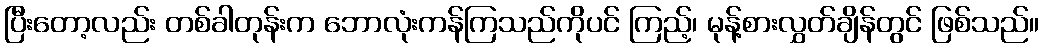
ပြီးတော့လည်း တစ်ခါတုန်းက ဘောလုံးကန်ကြသည်ကိုပင် ကြည့်၊ မုန့်စားလွှတ်ချိန်တွင် ဖြစ်သည်။